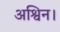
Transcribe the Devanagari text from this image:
अश्विन।